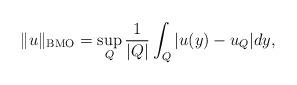
LaTeX: \begin{align*}\| u\|_{\operatorname{BMO}} = \sup_{Q} \frac 1 {|Q|} \int_Q | u(y)-u_Q| dy,\end{align*}